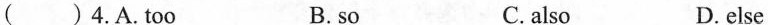
()4.A.Too B. so C.also D. else